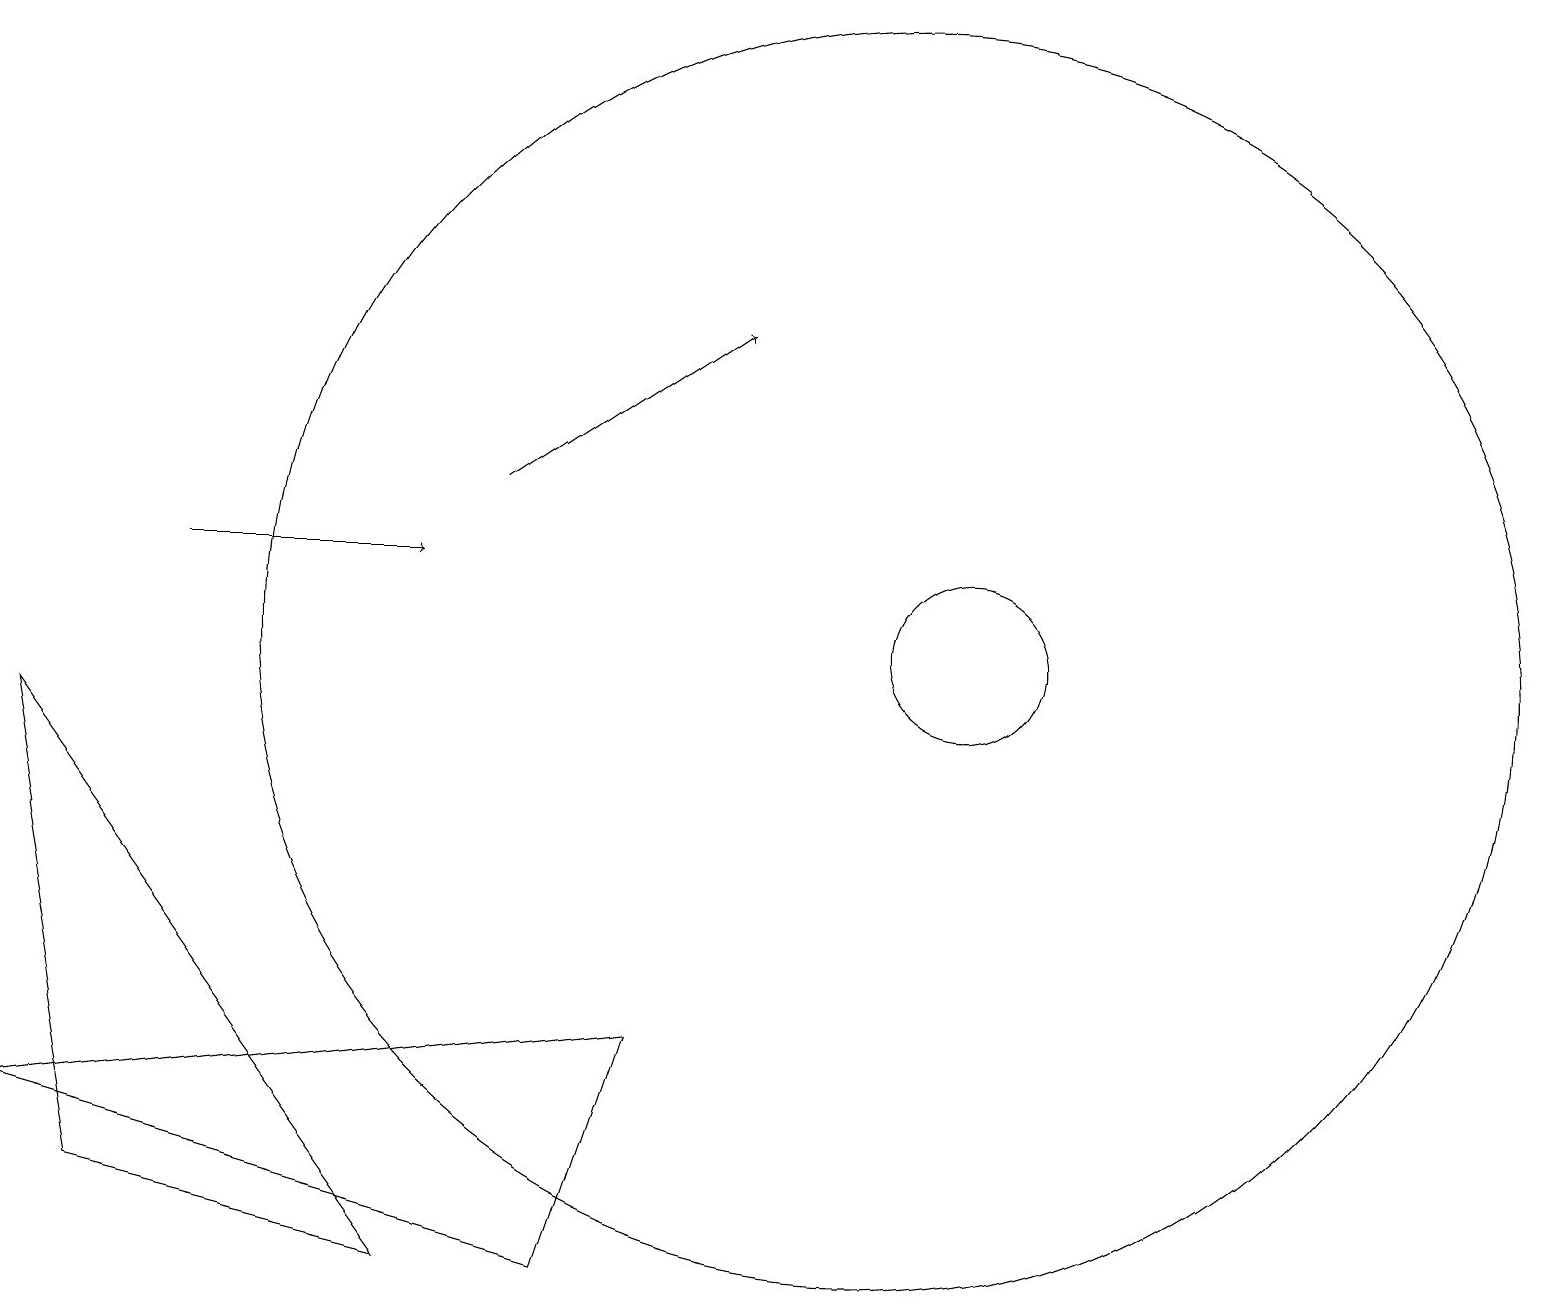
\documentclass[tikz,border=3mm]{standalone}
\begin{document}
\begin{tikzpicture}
\draw (0,4) -- (8,5) -- (7,2) -- cycle;
\draw (12,10) circle (1);
\draw (0,9) -- (5,2) -- (1,3) -- cycle;
\draw (11,10) circle (8);
\draw[->] (2,11) -- (5,11);
\draw[->] (6,12) -- (9,14);
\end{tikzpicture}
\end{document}